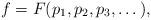
LaTeX: \begin{align*}f= F(p_1,p_2, p_3, \dots),\end{align*}